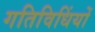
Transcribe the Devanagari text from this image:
गतिविधिंयों